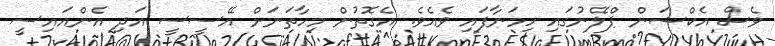
ވެސް އެކްޝަން ޕްލޭނުގައި ހިމަނާފައި ވެއެވެ. އެގޮތުން މިހާތަނަށް އޭސީސީ އަދި އެންއައިސީ